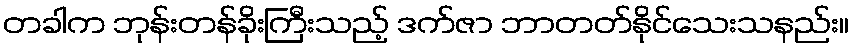
တခါက ဘုန်းတန်ခိုးကြီးသည့် ဒက်ဇာ ဘာတတ်နိုင်သေးသနည်း။